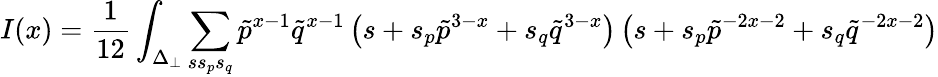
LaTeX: I(x)=\frac{1}{12}\int_{\Delta_{\perp}}\sum_{ss_{p}s_{q}}{\tilde{p}}^{x-1}{\tilde{q}}^{x-1}\left(s+s_{p}{\tilde{p}}^{3-x}+s_{q}{\tilde{q}}^{3-x}\right)\left(s+s_{p}{\tilde{p}}^{-2x-2}+s_{q}{\tilde{q}}^{-2x-2}\right)